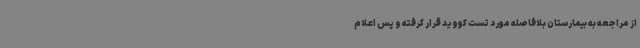
از مراجعه به بیمارستان بلافاصله مورد تست کووید قرار گرفته و پس اعلام